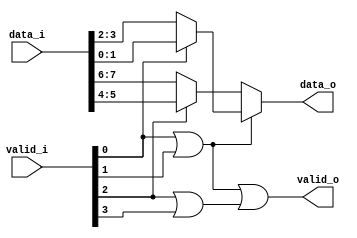
module RV_find_first#(
    
    parameter N       = 4,
    parameter DATAW   = 2,
    parameter REVERSE = 0
    
)(

    input   wire    [(DATAW * N)-1:0]   data_i,     //  Input Data.
    input   wire    [N-1:0]             valid_i,    //  Input Valid Signals.
    output  wire    [DATAW-1:0]         data_o,     //  Output (First) Data.
    output  wire                        valid_o     //  Output Valid Signal.

);

    localparam  LOGN    =   $clog2(N);
    localparam  TL      =   (1 << LOGN) - 1;        //  2^n - 1     (Index of the leftmost leaf of the tree, the starting position of the first input).
    localparam  TN      =   (1 << (LOGN+1)) - 1;    //  2^(n+1) - 1 (Index of the rightmost leaf of the tree, the starting position of the last input).
    
    wire    [DATAW-1:0] data_2D [N-1:0];        //  2D Array of the flattened data input.
    wire    [TN-1:0]    s_n;                    //  An Array for the Valid signals in the tree.
    wire    [DATAW-1:0] d_n  [TN-1:0];          //  An Array for the Data signals in the tree.
    
    genvar i;
    genvar j;
    
    generate
    
        //  Reassigning the flattened input port into a 2D array.
        for (i = 0; i < N; i = i + 1) begin
            assign  data_2D[i]   =   data_i[(i+1) * DATAW - 1:i * DATAW];
        end
        
        
        //  Setting the inputs and valid signals as the leaves of the tree (In reverse order if REVERSE is set).
        for (i = 0; i < N; i = i + 1) begin
            assign s_n[TL+i] = REVERSE ? valid_i[N-1-i] : valid_i[i];
            assign d_n[TL+i] = REVERSE ? data_2D[N-1-i] : data_2D[i];
        end
        
        //  If N is not a power of 2, the binary tree will have more leaves than inputs (Ex: if N = 10, there will be 16 leaves).
        //  Setting the extra leaves as 0 for Valid signals and Data.
        for (i = TL+N; i < TN; i = i + 1) begin
            assign s_n[i] = 0;
            assign d_n[i] = 0;
        end
        
        //  Going through the tree from the leaves up and setting each parent to the first valid signal out of the two children.
        for (j = 0; j < LOGN; j = j + 1) begin
            for (i = 0; i < (2**j); i = i + 1) begin
        
                // Setting the valid of the parent if either of the children are valid.
                assign s_n[2**j-1 + i] = s_n[2**(j+1)-1 + i*2] | s_n[2**(j+1)-1 + i*2+1]; 
        
                //  If the left child is valid set the parent to that child's data, otherwise set the parent to be the right child.
                //  This moves the first valid data up at each level of the tree.
                //  If neither child is valid the right child is moved up the Data tree but ignored since its Valid signal would be 0. 
                assign d_n[2**j - 1+i] = s_n[2**(j+1)-1 + i*2] ? d_n[2**(j+1)-1 + i*2] : d_n[2**(j+1)-1 + i*2+1]; 
            end
        end     
            
        //  Assigning the output to be the root of the tree.
        assign valid_o = s_n[0];
        assign data_o  = d_n[0];
    
    endgenerate
    


endmodule